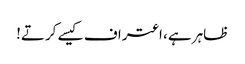
ظاہر ہے، اعتراف کیسے کرتے!